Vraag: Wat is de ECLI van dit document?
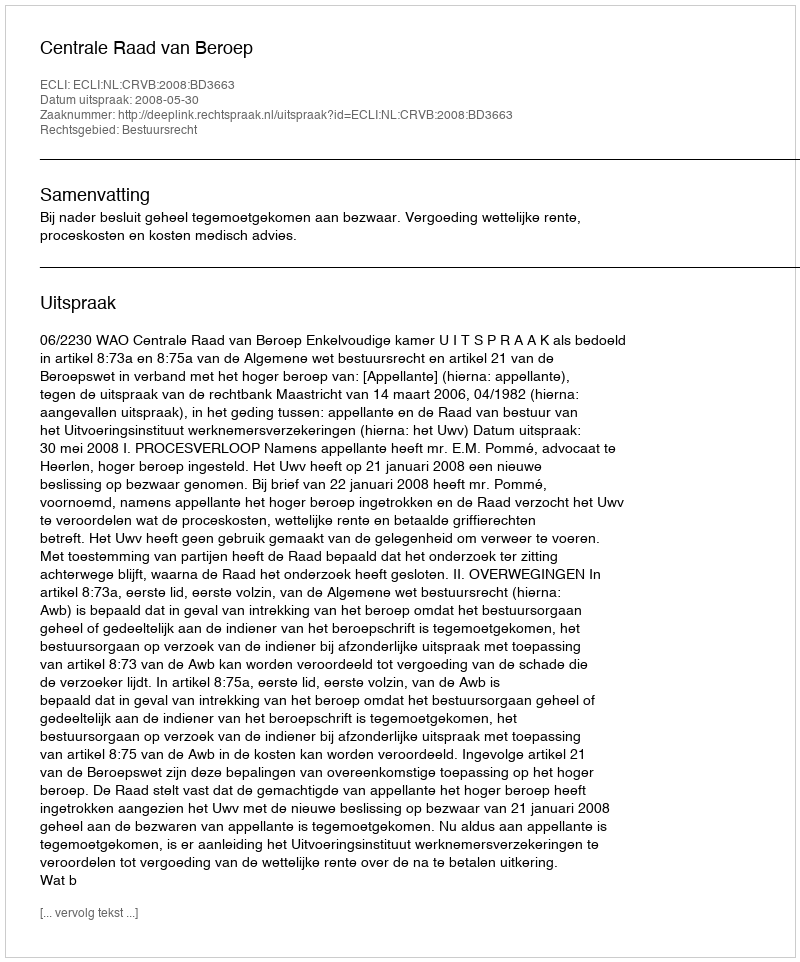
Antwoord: ECLI:NL:CRVB:2008:BD3663